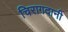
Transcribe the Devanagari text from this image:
चिरागदानी